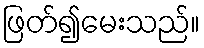
ဖြတ်၍မေးသည်။